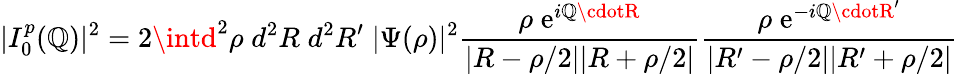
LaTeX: |I_{0}^{p}(\mathbb{Q})|^{2}=2\intd^{2}\rho\; d^{2}R\; d^{2}R^{\prime}\; |\Psi(\rho)|^{2}\frac{{\rho\; {\mathrm{{e}}}^{i\mathbb{Q}\cdotR}}}{{|R-\rho/2||R+\rho/2|}}\frac{{\rho\; {\mathrm{{e}}}^{-i\mathbb{Q}\cdotR^{\prime}}}}{{|R^{\prime}-\rho/2||R^{\prime}+\rho/2|}}